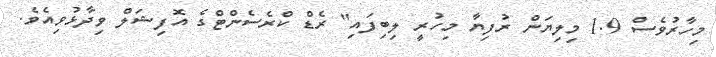
މިހާރުވެސް 1.9 މިލިޔަން ރުފިޔާ މިހުރީ ލިބިފައި" ރެޑް ކްރެސެންޓްގެ އޮފިޝަލް ވިދާޅުވިއެވެ.